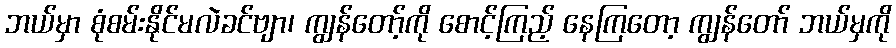
ဘယ်မှာ စုံစမ်းနိုင်မလဲခင်ဗျာ၊ ကျွန်တော့်ကို စောင့်ကြည့် နေကြတော့ ကျွန်တော် ဘယ်မှကို